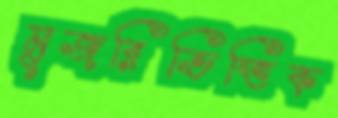
মুজরিভিত্তিক